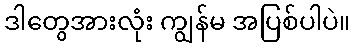
ဒါတွေအားလုံး ကျွန်မ အပြစ်ပါပဲ။